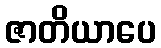
ဇာတိယာပေ